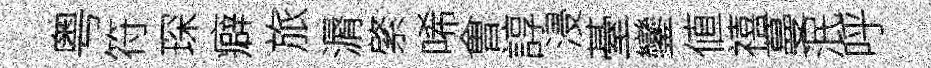
粤符琛癖旅漘綮唏㑹諄浸䑓鑾値禧蔓泯呼